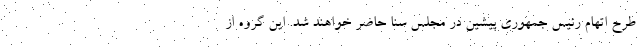
طرح اتهام رئیس جمهوری پیشین در مجلس سنا حاضر خواهند شد. این گروه از